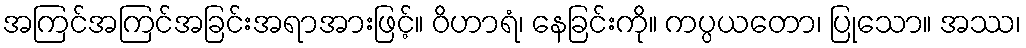
အကြင်အကြင်အခြင်းအရာအားဖြင့်။ ဝိဟာရံ၊ နေခြင်းကို။ ကပ္ပယတော၊ ပြုသော။ အဿ၊